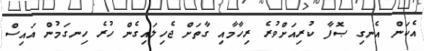
އެކަން އެނގި ޞޮފާ ކުރިއަށްވުރެ ރިހާމާއި ގާތަށް ޖެހިލައިގެން ހުރެ ހިނގަމުން އައިސް